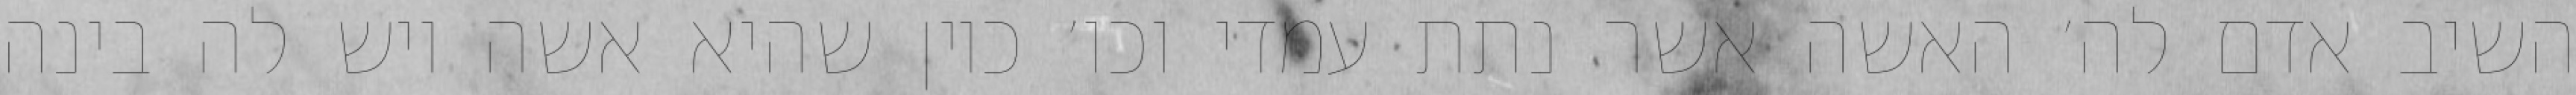
השיב אדם לה׳ האשה אשר נתת עמדי וכו׳ כיון שהיא אשה ויש לה בינה